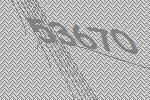
53670